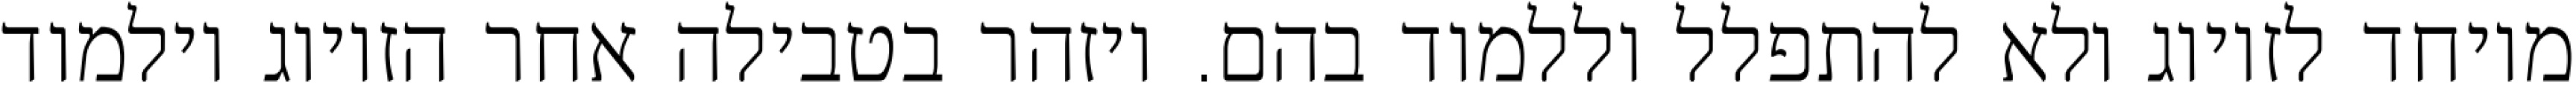
מיוחד לזיווג ולא להתפלל וללמוד בהם. ויזהר בטבילה אחר הזיווג וילמוד